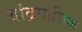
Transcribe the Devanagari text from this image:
चांद्रमासिक